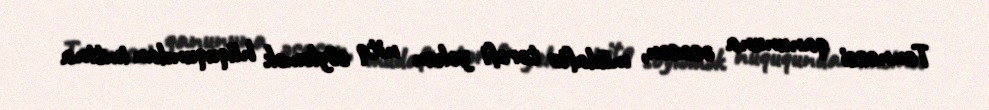
Tennessi qanununa əsasən, müdafiə tərəfi yekun nitq söyləmək hüququndan imtina